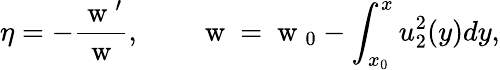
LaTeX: \eta=-\frac{\mathrm{~w~}^{\prime}}{\mathrm{~w~}},\qquad\mathrm{~w~}=\mathrm{~w~}_{0}-\int_{x_{0}}^{x}u_{2}^{2}(y)dy,